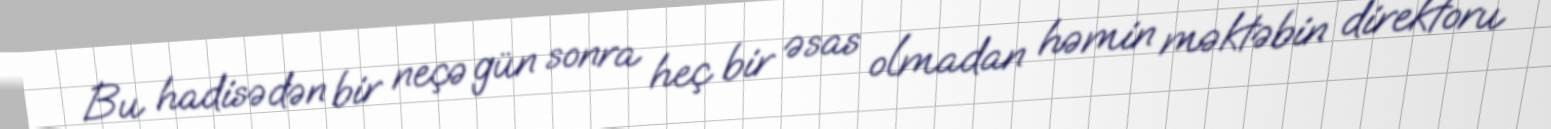
Bu hadisədən bir neçə gün sonra heç bir əsas olmadan həmin məktəbin direktoru